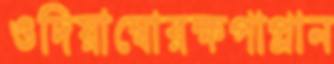
ওদিয়াম্বোরক্ষপাপ্লান